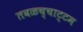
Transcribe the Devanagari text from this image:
तवळच्चाट्टम